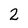
Character: 2